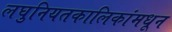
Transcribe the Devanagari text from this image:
लघुनियतकालिकांमधून